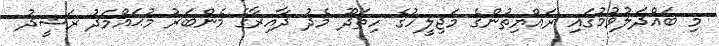
މި ބައްދަލުވުމުގައި ރައްޔިތުންގެ މަޖިލީހުގެ ހިތަދޫ މެދު ދާއިރާގެ މެންބަރު މުޙައްމަދު ރަޝީދު